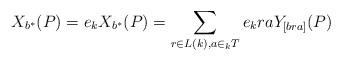
LaTeX: \begin{align*} X_{b^{\ast}}(P)=e_{k}X_{b^{\ast}}(P)=\displaystyle \sum_{r \in L(k),a \in _{k}T} e_{k}raY_{[bra]}(P)\end{align*}